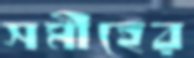
সমীহের